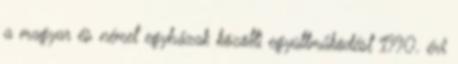
a magyar és német egyházak közötti együttműködést 1990. évi